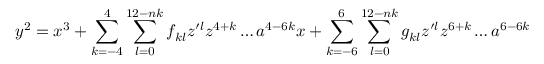
y ^ { 2 } = x ^ { 3 } + \sum _ { k = - 4 } ^ { 4 } \sum _ { l = 0 } ^ { 1 2 - n k } f _ { k l } z ^ { \prime l } z ^ { 4 + k } \ldots a ^ { 4 - 6 k } x + \sum _ { k = - 6 } ^ { 6 } \sum _ { l = 0 } ^ { 1 2 - n k } g _ { k l } z ^ { \prime l } z ^ { 6 + k } \ldots a ^ { 6 - 6 k }